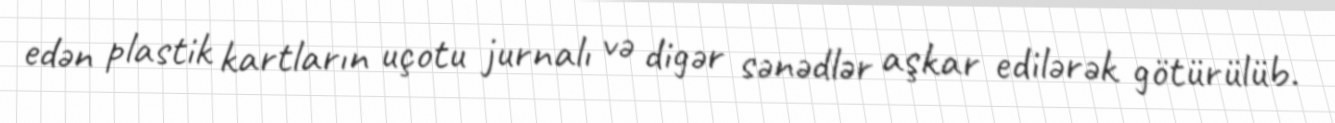
edən plastik kartların uçotu jurnalı və digər sənədlər aşkar edilərək götürülüb.